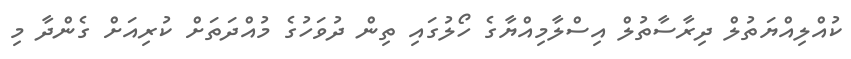
ކުއްލިއްޔަތުލް ދިރާސާތުލް އިސްލާމިއްޔާގެ ހޯލުގައި ތިން ދުވަހުގެ މުއްދަތަށް ކުރިއަށް ގެންދާ މި